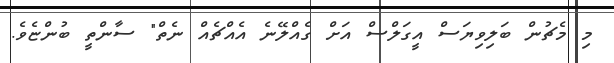
މި މެޗުން ބަލިވިޔަސް އީގަލްސް އަށް ގެއްލޭނެ އެއްޗެއް ނެތް" ސާންތީ ބުންޏެވެ.